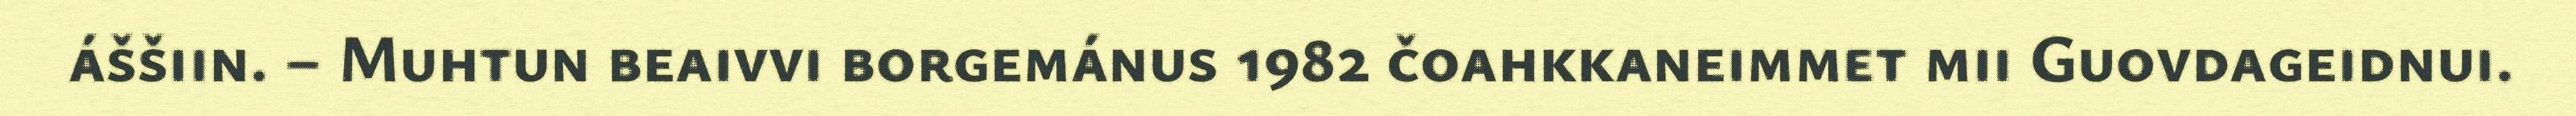
áššiin. – Muhtun beaivvi borgemánus 1982 čoahkkaneimmet mii Guovdageidnui.